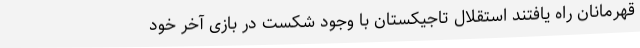
قهرمانان راه یافتند استقلال تاجیکستان با وجود شکست در بازی آخر خود